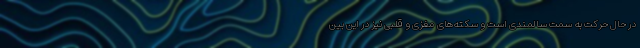
در حال حرکت به سمت سالمندی است و سکته‌های مغزی و قلبی نیز در این بین